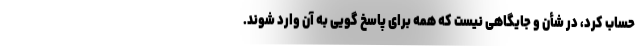
حساب کرد، در شأن و جایگاهی نیست که همه برای پاسخ گویی به آن وارد شوند.